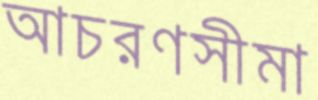
আচরণসীমা